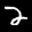
Label: 2